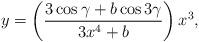
LaTeX: \begin{align*}y=\left(\frac{3\cos\gamma+b\cos 3\gamma}{3x^4+b}\right)x^3,\end{align*}